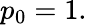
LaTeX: p_{0}=1.